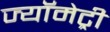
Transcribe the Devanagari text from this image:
ज्यॉमेट्री